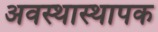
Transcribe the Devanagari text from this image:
अवस्थास्थापक